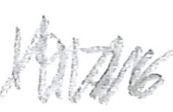
Text: 1976
Cross-out: zig-zag
Writing tool: pencil